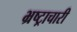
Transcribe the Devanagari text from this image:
भ्रष्ट्राचारी